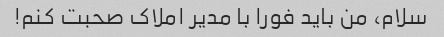
سلام، من باید فورا با مدیر املاک صحبت کنم!